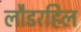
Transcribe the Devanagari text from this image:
लौडरहिल